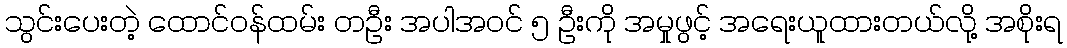
သွင်းပေးတဲ့ ထောင်ဝန်ထမ်း တဦး အပါအဝင် ၅ ဦးကို အမှုဖွင့် အရေးယူထားတယ်လို့ အစိုးရ